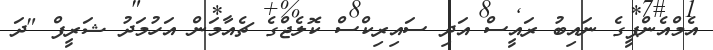
އެމްއެންޕީގެ ނައިބު ރައީސް އަދި ސައިރިކްސް ކޮލެޖްގެ ޗެއާމަން އަހުމަދު ޝަރީފް "ދަ